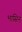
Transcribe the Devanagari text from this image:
भासिन